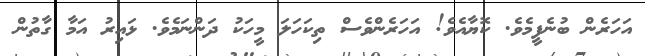
އަހަރެން ބުނެފީމެވެ. ކޮޔާއެވެ! އަހަރެންވެސް ތިކަހަލަ މީހަކު ދަންނަމެވެ. ޅައިރު އަމާ ގާތުން